Indian journal of veterinary science and animal husbandry - Volumes 15-17, 1948-1951
Year: 1948
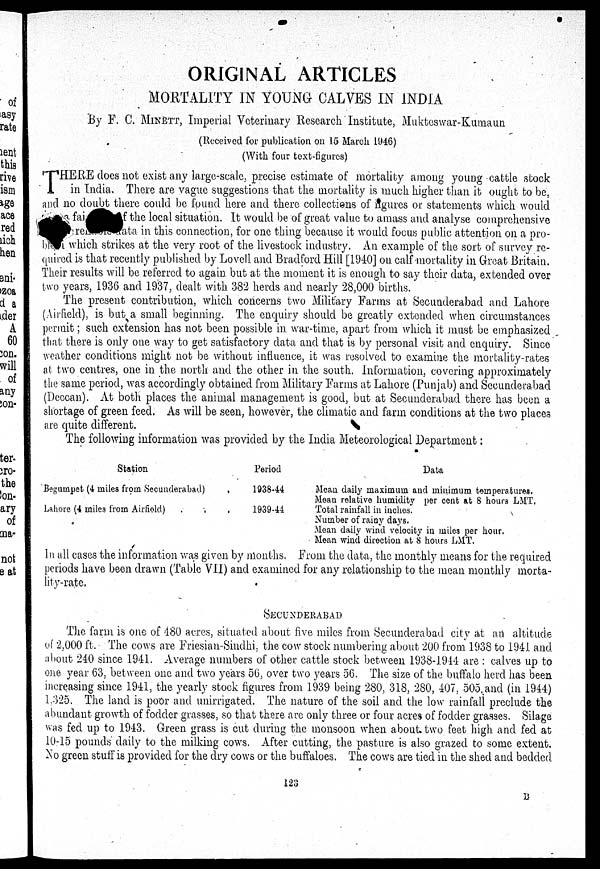
ORIGINAL ARTICLES
MORTALITY IN YOUNG CALVES IN INDIA
By F. C. MINETT, Imperial Veterinary Research Institute, Mukteswar-Kumaun
(Received for publication on 15 March 1946)
(With four text-figures)
T HERE does not exist any large-scale, precise estimate of mortality among young cattle stock
in India. There are vague suggestions that the mortality is much higher than it ought to be,
and no doubt there could be found here and there collections of ngures or statements which would
fai
f the local situation. It would be of great value to amass and analyse comprehensive
are
ata in this connection, for one thing because it would focus public attention on a pro-
b
which strikes at the very root of the livestock industry. An example of the sort of survey re-
quired is that recently published by Lovell and Bradford Hill [1940] on calf mortality in Great Britain.
Their results will be referred to again but at the moment it is enough to say their data, extended over
two years, 1936 and 1937, dealt with 382 herds and nearly 28,000 births.
The present contribution, which concerns two Military Farms at Secunderabad and Lahore
(Airfield), is-but a small beginning. The enquiry should be greatly extended when circumstances
permit; such extension has not been possible in war-time, apart from which it must be emphasized
that there is only one way to get satisfactory data and that is by personal visit and enquiry. Since
weather conditions might not be without influence, it was resolved to examine the mortality-rates
at two centres, one in the north and the other in the south. Information, covering approximately
the same period, was accordingly obtained from Military Farms at Lahore (Punjab) and Secunderabad
(Deccan). At both places the animal management is good, but at Secunderabad there has been a
shortage of green feed. As will be seen, however, the climatic and farm conditions at the two places
are quite different.
The following information was provided by the India Meteorological Department:
Station
Begumpet (4 miles from Secunderabad)
Lahore (4 miles from Airfield) . .
Period
1938-44
1939-44
Data
Mean daily maximum and minimum temperatures.
Mean relative humidity per cent at 8 hours LMT.
Total rainfall in inches.
Number of rainy days.
Mean daily wind velocity in miles per hour.
Mean wind direction at 8 hours LMT.
In all cases the information was given by months, From the data, the monthly means for the required
periods have been drawn (Table VII) and examined for any relationship to the mean monthly morta-
lity-rate.
SECUNDERABAD
The farm is one of 480 acres, situated about five miles from Secunderabad city at an altitude
of 2,000 ft. The cows are Friesian-Sindhi, the cow stock numbering about 200 from 1938 to 1941 and
about 240 since 1941. Average numbers of other cattle stock between 1938-1944 are : calves up to
one year 63, between one and two years 56, over two years 56. The size of the buffalo herd has been
increasing since 1941, the yearly stock figures from 1939 being 280, 318, 280, 407, 505,and (in 1944)
1,325. The land is poor and unirrigated. The nature of the soil and the low rainfall preclude the
abundant growth of fodder grasses, so that there are only three or four acres of fodder grasses. Silage
was fed up to 1943. Green grass is cut during the monsoon when about two feet high and fed at
10-15 pounds' daily to the milking cows. After cutting, the pasture is also grazed to some extent.
No green stuff is provided for the dry cows or the buffaloes. The cows are tied in the shed and bedded
123
B